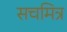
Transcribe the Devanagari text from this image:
सचमित्र